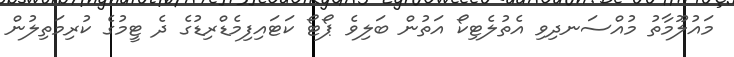
މައުލޫމާތު މުއްސަނދިވި އެތުލެޓިކޯ އަތުން ބަލިވެ ޕޯޓޯ ކަޓައިފިމެޑްރިޑުގެ ދެ ޓީމުގެ ކުރިމަތިލުން